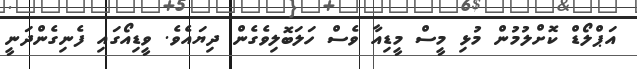
އަޕްލޯޑް ކޮށްލުމުން މުޅި މީސް މީޑިއާ ވެސް ހަލަބޮލިވެގެން ދިޔައެވެ. ވީޑިއޯގައި ފެނިގެންދަނީ